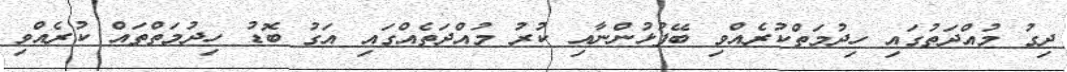
ދިގު މުއްދަތުގައި ހިދުމަތްކުރެއްވި ބޭފުޅުންނާއި ކުރު މުއްދަތެއްގައި އަގު ބޮޑު ހިދުމަތްތައް ކުރެއްވި